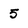
Character: 5